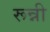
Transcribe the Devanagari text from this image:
रून्नी